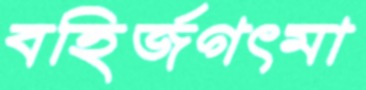
বহির্জগৎমা